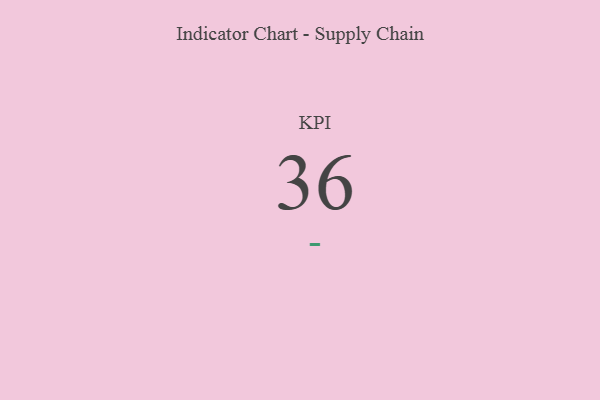
{"axis": {"x": "KPI", "y": "Value"}, "legend": [""], "data": [{"x": "KPI", "y": 36, "type": ""}]}